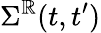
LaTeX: \Sigma^{\mathbb{R}}(t,t^{\prime})